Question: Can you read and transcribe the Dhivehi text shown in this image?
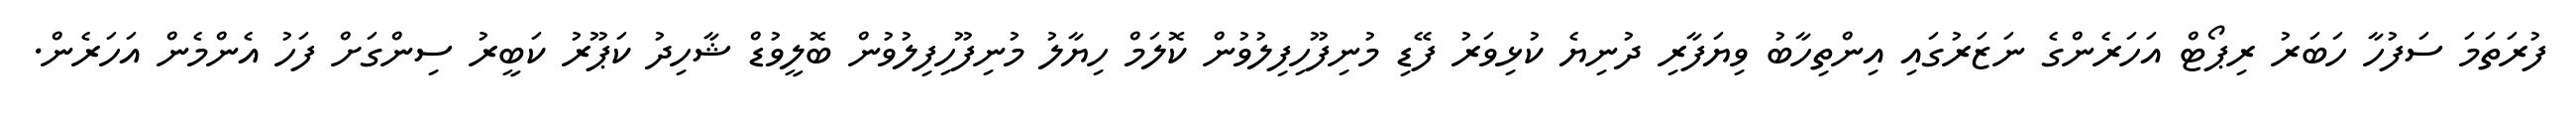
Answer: ފުރަތަމަ ސަފުހާ ހަބަރު ރިޕޯޓް އަހަރެންގެ ނަޒަރުގައި އިންތިހާބު ވިޔަފާރި ދުނިޔެ ކުޅިވަރު ފޭޑި މުނިފޫހިފިލުވުން ކޮލަމް ހިޔާލު މުނިފޫހިފިލުވުން ބޮލީވުޑް ޝާހިދު ކަޕޫރު ކަބީރު ސިންގަށް ފަހު އެންމެން އަހަރެން.